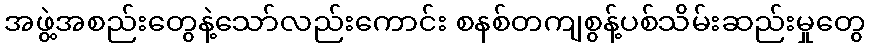
အဖွဲ့အစည်းတွေနဲ့သော်လည်းကောင်း စနစ်တကျစွန့်ပစ်သိမ်းဆည်းမှုတွေ